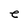
Character: e